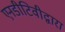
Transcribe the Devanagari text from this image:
एनडीटिवीद्वारा